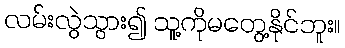
လမ်းလွဲသွား၍ သူ့ကိုမတွေ့နိုင်ဘူး။